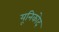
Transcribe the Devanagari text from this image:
यूनिकोद